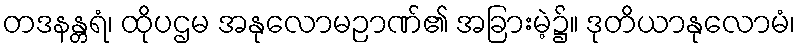
တဒနန္တရံ၊ ထိုပဌမ အနုလောမဉာဏ်၏ အခြားမဲ့၌။ ဒုတိယာနုလောမံ၊